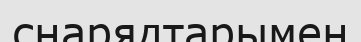
снарядтарымен